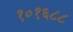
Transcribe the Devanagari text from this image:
१०१६८८